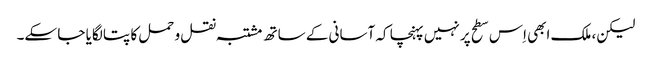
لیکن، ملک ابھی اِس سطح پر نہیں پہنچا کہ آسانی کے ساتھ مشتبہ نقل و حمل کا پتا لگایا جا سکے۔